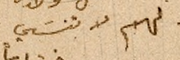
لهم لا تنسَي.